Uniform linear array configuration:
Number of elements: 48
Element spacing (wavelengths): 0.5
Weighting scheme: kaiser
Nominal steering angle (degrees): -60
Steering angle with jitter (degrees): -61.32
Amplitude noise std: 0.05
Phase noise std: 0.05

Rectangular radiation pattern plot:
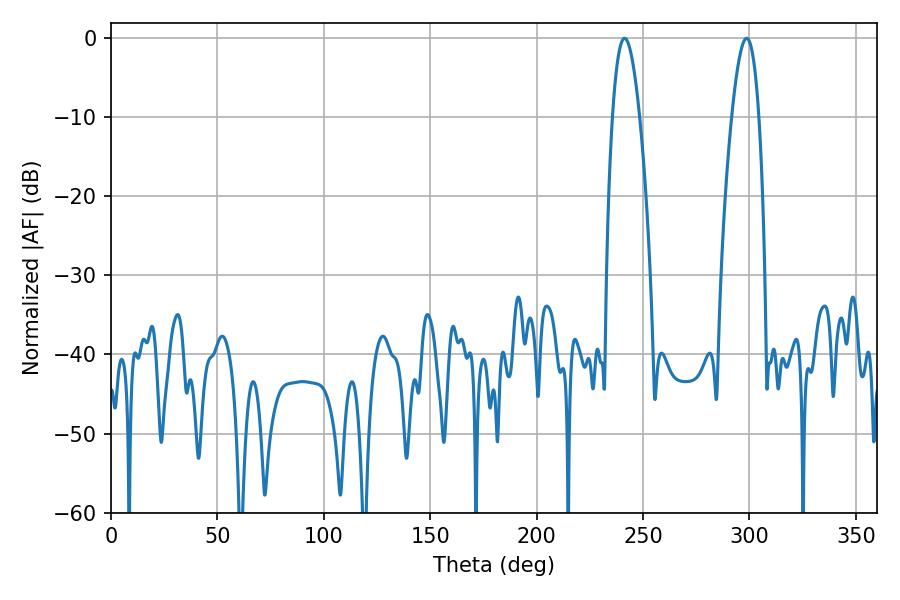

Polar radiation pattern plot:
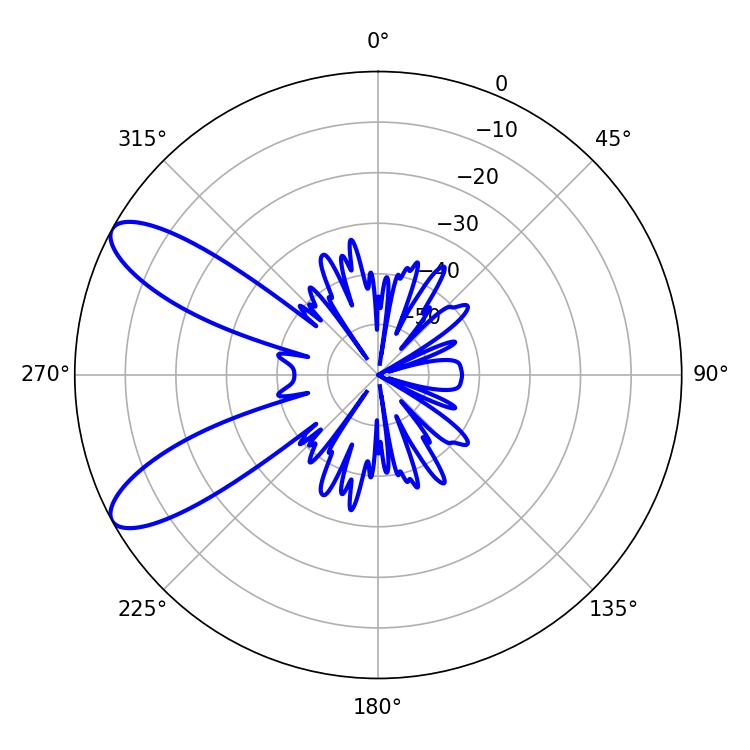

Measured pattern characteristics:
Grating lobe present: FALSE
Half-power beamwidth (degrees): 7.02
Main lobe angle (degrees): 241.38